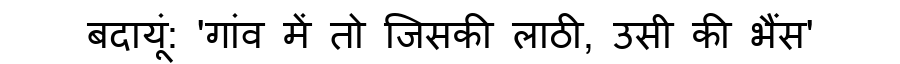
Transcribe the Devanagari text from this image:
बदायूं: 'गांव में तो जिसकी लाठी, उसी की भैंस'